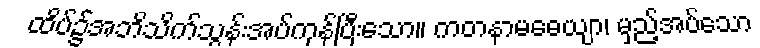
ထိပ်၌အဘိသိက်သွန်းအပ်ကုန်ပြီးသော။ ကတနာမဓေယျာ၊ မှည့်အပ်သော